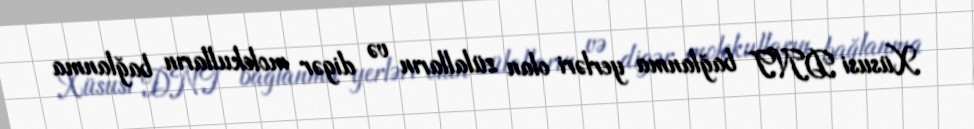
Xüsusi DNT bağlanma yerləri olan zülalların və digər molekulların bağlanma